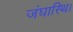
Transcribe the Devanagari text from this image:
जंघास्थि।